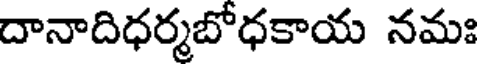
దానాదిధర్మబోధకాయ నమః